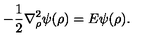
- \frac { 1 } { 2 } { \bf \nabla } _ { \rho } ^ { 2 } \psi ( \rho ) = E \psi ( \rho ) .